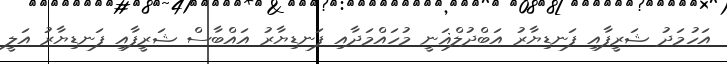
އަހުމަދު ޝަރީފާއި ފަނޑިޔާރު އަބްދުލްޣަނީ މުހައްމަދާއި ފަނޑިޔާރު އައްބާސް ޝަރީފާއި ފަނޑިޔާރު އަލީ